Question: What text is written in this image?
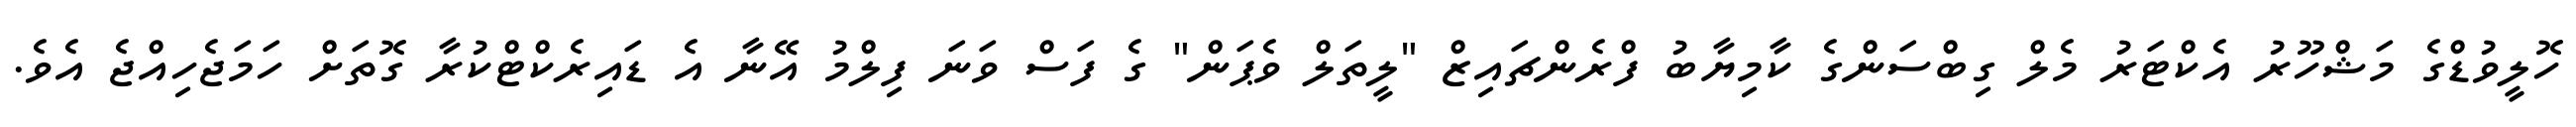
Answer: ހޮލީވުޑްގެ މަޝްހޫރު އެކްޓަރު މެލް ގިބްސަންގެ ކާމިޔާބު ފްރެންޗައިޒް "ލީތަލް ވެޕަން" ގެ ފަސް ވަނަ ފިލްމު އޭނާ އެ ޑައިރެކްޓްކުރާ ގޮތަށް ހަމަޖެހިއްޖެ އެވެ.